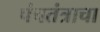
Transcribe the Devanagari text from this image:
पंचतंत्राचा